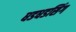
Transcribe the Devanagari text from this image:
धडधडसिंग